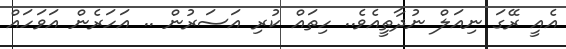
އެއީ ރޭގަ ނިއަލް ނުދާތީއެވެ.. ހިތައް ކުރި އަސަރުން .. އަހަރެން އަވަހައް